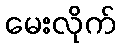
မေးလိုက်